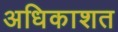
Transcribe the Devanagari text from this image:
अधिकाशत